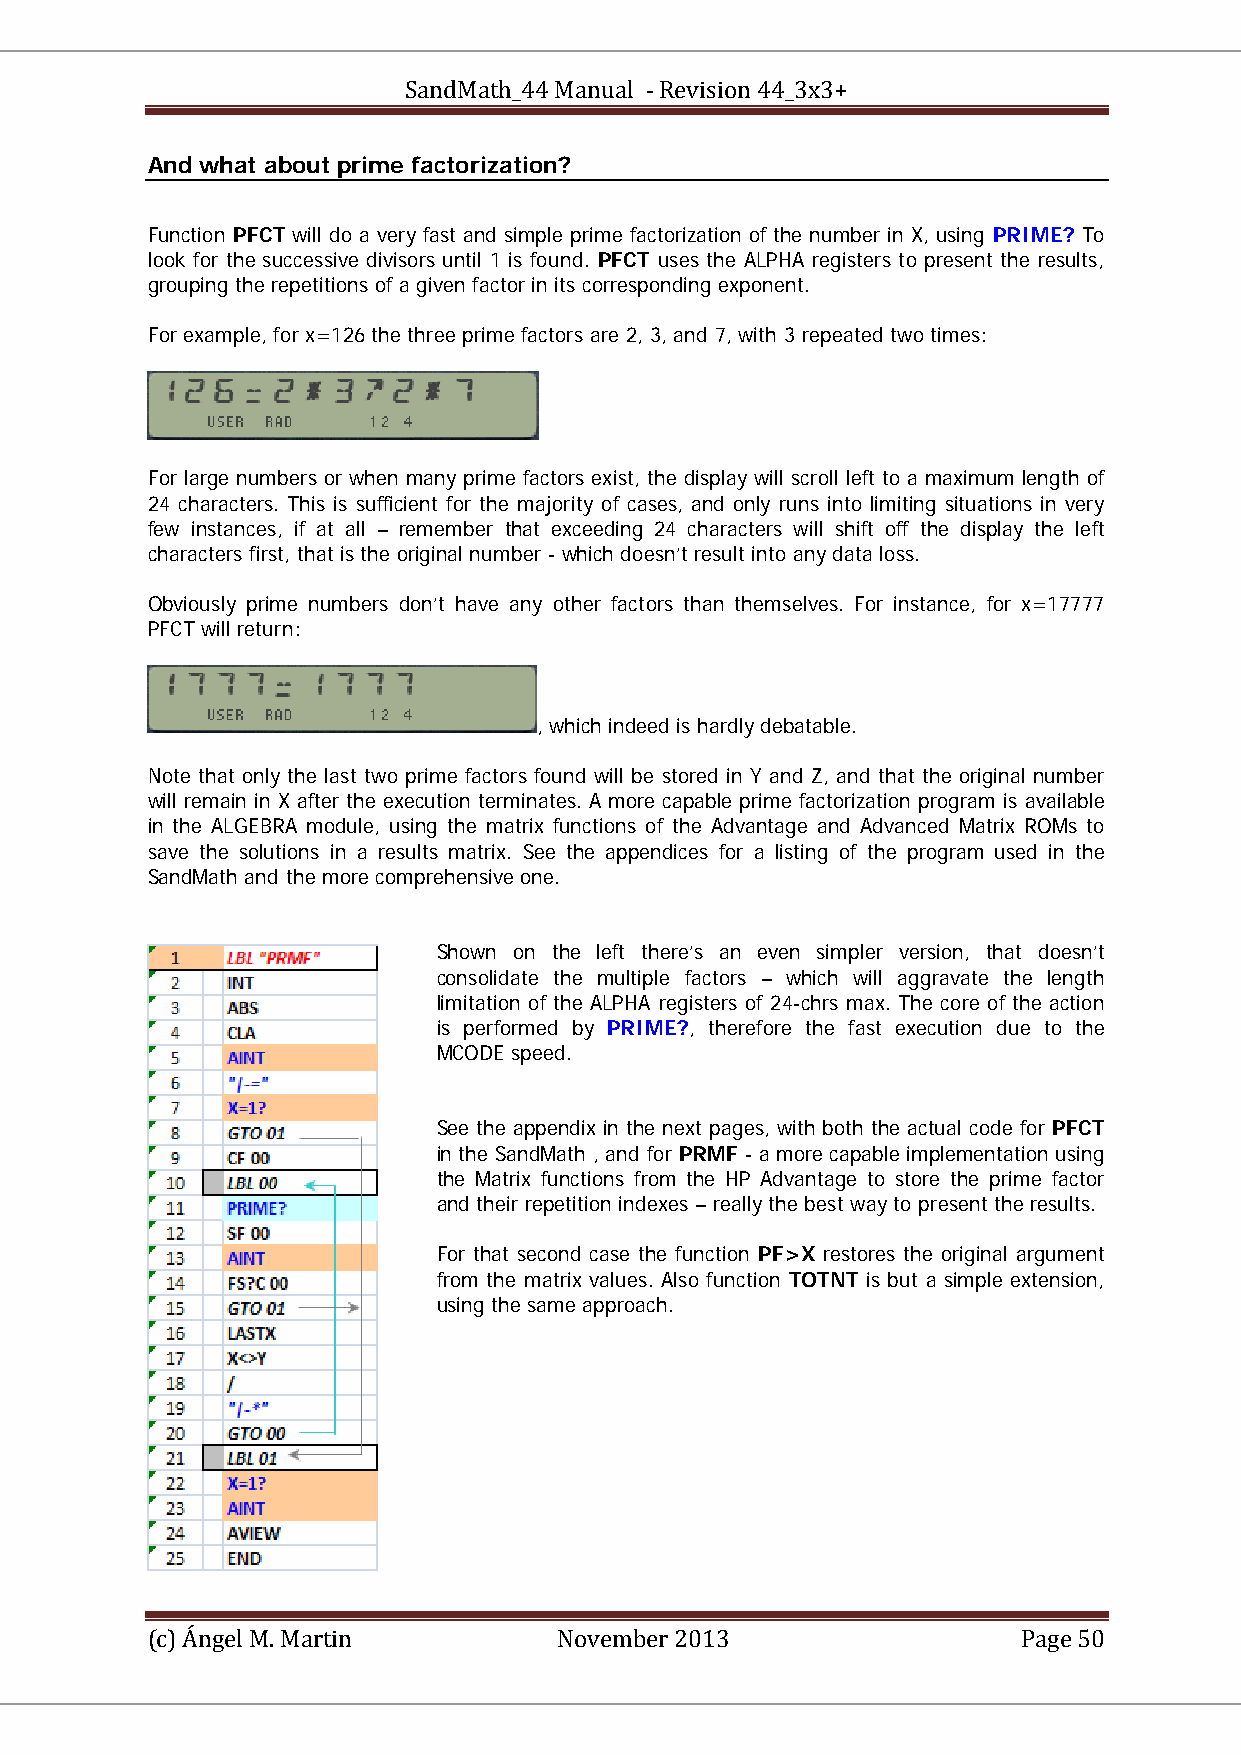
SandMath_44 Manual - Revision 44_3x3+
 And what about prime factorization?
 Function PFCT will do a very fast and simple prime factorization of the number in X, using PRIME? To
 look for the successive divisors until 1 is found. PFCT uses the ALPHA registers to present the results,
 grouping the repetitions of a given factor in its corresponding exponent.
 For example, for x=126 the three prime factors are 2, 3, and 7, with 3 repeated two times:
 For large numbers or when many prime factors exist, the display will scroll left to a maximum length of
 24 characters. This is sufficient for the majority of cases, and only runs into limiting situations in very
 few instances, if at all – remember that exceeding 24 characters will shift off the display the left
 characters first, that is the original number - which doesn’t result into any data loss.
 Obviously prime numbers don’t have any other factors than themselves. For instance, for x=17777
 PFCT will return:
 , which indeed is hardly debatable.
 Note that only the last two prime factors found will be stored in Y and Z, and that the original number
 will remain in X after the execution terminates. A more capable prime factorization program is available
 in the ALGEBRA module, using the matrix functions of the Advantage and Advanced Matrix ROMs to
 save the solutions in a results matrix. See the appendices for a listing of the program used in the
 SandMath and the more comprehensive one.
 Shown on the left there’s an even simpler version, that doesn’t
 consolidate the multiple factors – which will aggravate the length
 limitation of the ALPHA registers of 24-chrs max. The core of the action
 is performed by PRIME?, therefore the fast execution due to the
 MCODE speed.
 See the appendix in the next pages, with both the actual code for PFCT
 in the SandMath , and for PRMF - a more capable implementation using
 the Matrix functions from the HP Advantage to store the prime factor
 and their repetition indexes – really the best way to present the results.
 For that second case the function PF>X restores the original argument
 from the matrix values. Also function TOTNT is but a simple extension,
 using the same approach.
 (c) Ángel M. Martin        November 2013                  Page 50